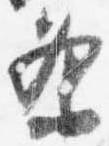
条